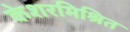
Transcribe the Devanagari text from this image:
केशरमिश्रित